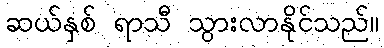
ဆယ်နှစ် ရာသီ သွားလာနိုင်သည်။